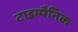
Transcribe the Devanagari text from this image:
टाइम्पैनिक